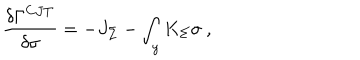
LaTeX: { \frac { \delta \Gamma ^ { C J T } } { \delta \sigma } } = - J _ { \Sigma } - \int _ { y } K _ { \Sigma } \sigma ~ ,